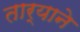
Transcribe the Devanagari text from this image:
तार्‍याने